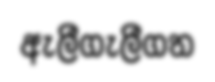
ඇලීගැලීගත